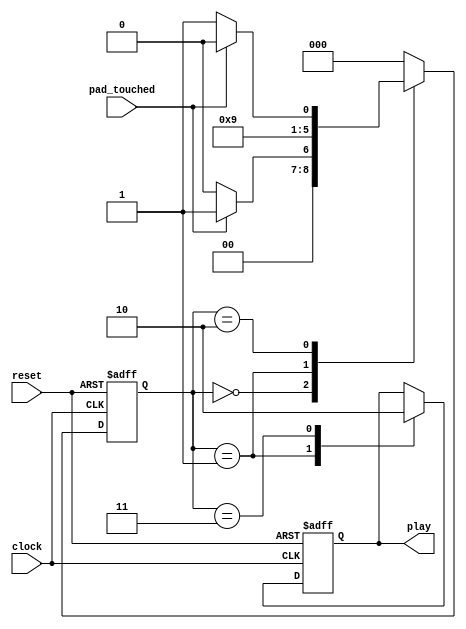
module fsm_2(input clock, input reset, input pad_touched, output reg play);
		parameter STATE_0 = 0;
		parameter STATE_1 = 1;
		parameter STATE_2 = 2;
		parameter STATE_3 = 3;
		reg [2:0] state;
		initial
			begin	
				state <= 0;
				play <= 1'b0;
			end
		always@(posedge clock or posedge reset)
		begin
			if(reset)
				begin
					state <= STATE_0;
					play <= 1'b0;
				end
			else
				begin
					case(state)
						STATE_0:
							begin
								if(pad_touched)
									state <= STATE_1;
								else
									state <= STATE_0;
							end
						STATE_1:
							begin
								play <= 1'b1;
								state <= STATE_2;
							end
						STATE_2: 
							begin
								if(pad_touched)
									state <= STATE_2;
								else
									state <= STATE_3;
							end
						STATE_3:
							begin
								play <= 1'b0;
								state <= STATE_0;
							end
						default:
							begin
								state <= STATE_0;
							end
					endcase					
				end 
		end 
endmodule